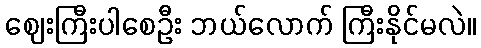
ဈေးကြီးပါစေဦး ဘယ်လောက် ကြီးနိုင်မလဲ။